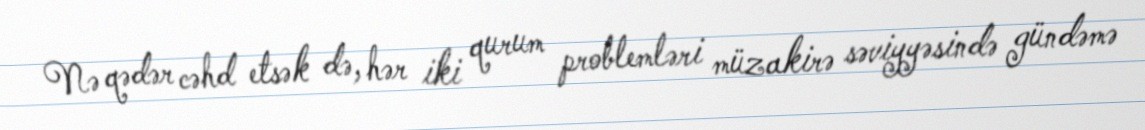
Nə qədər cəhd etsək də, hər iki qurum problemləri müzakirə səviyyəsində gündəmə